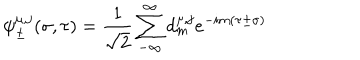
LaTeX: \psi _ { \pm } ^ { \mu , j } ( \sigma , \tau ) = \frac { 1 } { \sqrt 2 } \sum _ { - \infty } ^ { \infty } d _ { m } ^ { \mu , j } e ^ { - i m ( \tau \pm \sigma ) }